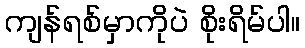
ကျန်ရစ်မှာကိုပဲ စိုးရိမ်ပါ။